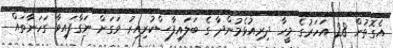
އެގޮތުން 28 އަހަރުގެ މީހާ ދިރިއުޅެމުންދާ ގެ ބަލައިފާސްކުރިއިރު ވަގަށް ނަގާފައިވާ ގަހަނާތައް